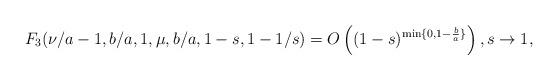
LaTeX: \begin{align*} F_3(\nu/a-1,b/a,1,\mu, b/a, 1-s,1-1/s)=O\left((1-s)^{\min\{0,1-\frac{b}{a}\}}\right),s\rightarrow 1,\end{align*}